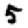
Digit: 5